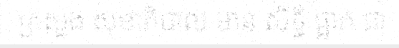
ក្រសួង សុខាភិបាល មាន សិទ្ធិ ផ្អាក ជា